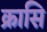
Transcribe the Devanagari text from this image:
क्रासि